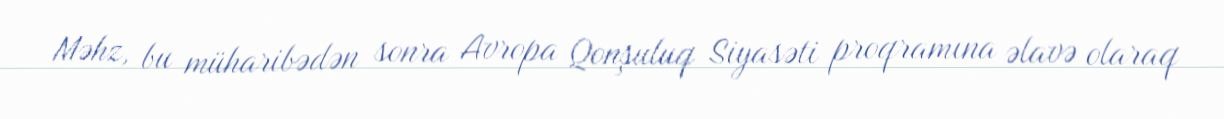
Məhz, bu müharibədən sonra Avropa Qonşuluq Siyasəti proqramına əlavə olaraq